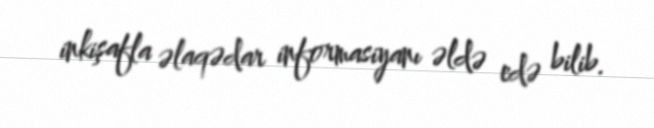
inkişafla əlaqədar informasiyanı əldə edə bilib.